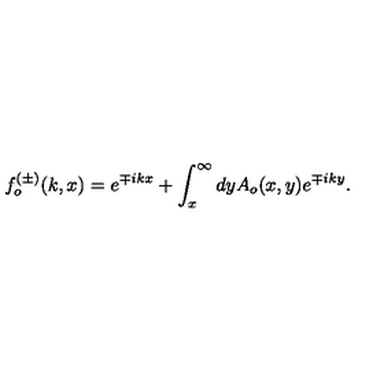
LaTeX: f _ { o } ^ { ( \pm ) } ( k , x ) = e ^ { \mp i k x } + \int _ { x } ^ { \infty } d y A _ { o } ( x , y ) e ^ { \mp i k y } .